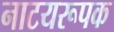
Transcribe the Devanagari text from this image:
नाटयरूपक